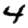
Digit: 4